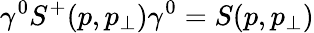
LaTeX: \gamma^{0}S^{+}(p,p_{\perp})\gamma^{0}=S(p,p_{\perp})